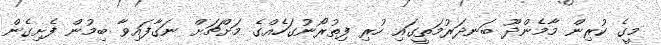
މީގެ ކުރިން މާމެންދޫ ބަނދަރުމަތީގައި ހުރި ފިތުރޯނުގަހެއްގެ މަށްޗަށް ނަގާފައިވާ ބިމުން ފެށިގެން